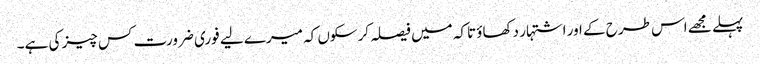
پہلے مجھے اس طرح کے اور اشتہار دکھاؤ تاکہ میں فیصلہ کرسکوں کہ میرے لیے فوری ضرورت کس چیز کی ہے۔